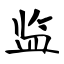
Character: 监